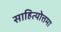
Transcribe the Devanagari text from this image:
साहित्योत्तमा